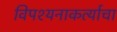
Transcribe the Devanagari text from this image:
विपश्यनाकर्त्याचा